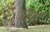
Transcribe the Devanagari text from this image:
लौबी